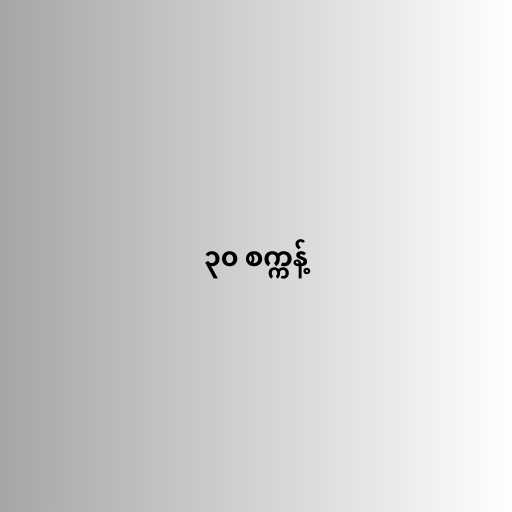
၃၀ စက္ကန့်